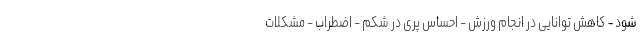
شود - کاهش توانایی در انجام ورزش - احساس پری در شکم - اضطراب - مشکلات